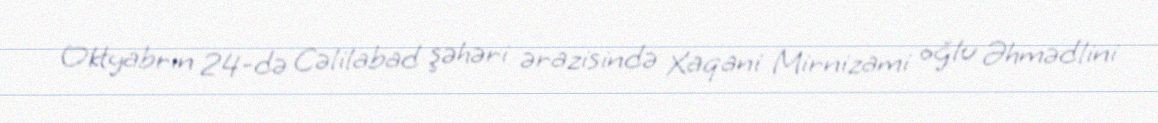
Oktyabrın 24-də Cəlilabad şəhəri ərazisində Xaqani Mirnizami oğlu Əhmədlini